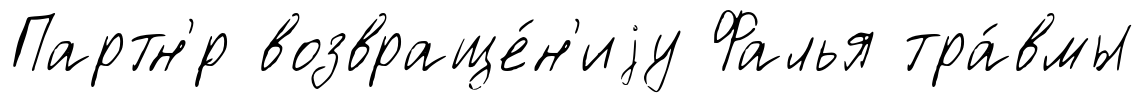
Партн'́р возвраще́н'иjу Фалья тра́вмы